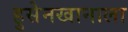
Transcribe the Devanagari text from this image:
हुसेनखानाला